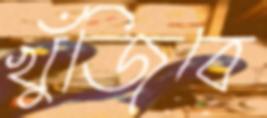
খুঁজিবে